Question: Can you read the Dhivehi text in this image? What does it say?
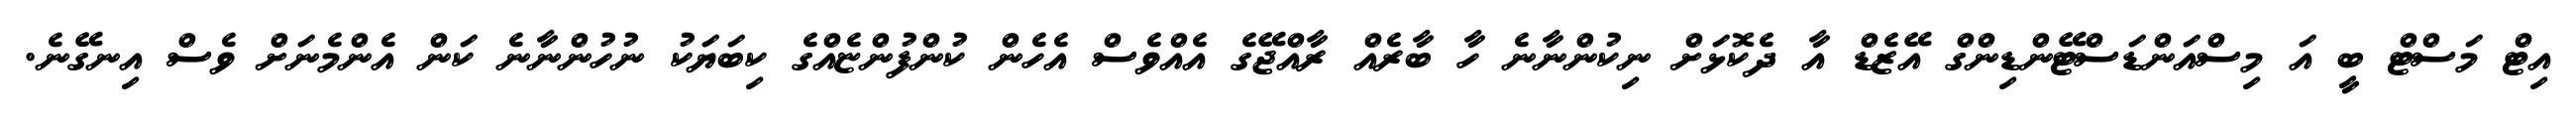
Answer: އިޓް މަސްޓް ބީ އަ މިސްއަންޑަސްޓޭންޑިންގް އޭޒެޑް އާ ދެކޮޅަށް ނިކުންނާނެ ހާ ބާރެއް ރާއްޖޭގެ އެއްވެސް އެހެން ކުންފުންޏެއްގެ ކިބަޔަކު ނުހުންނާނެ ކަން އެންމެނަށް ވެސް އިނގޭނެ.